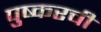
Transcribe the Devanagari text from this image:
पुष्करची